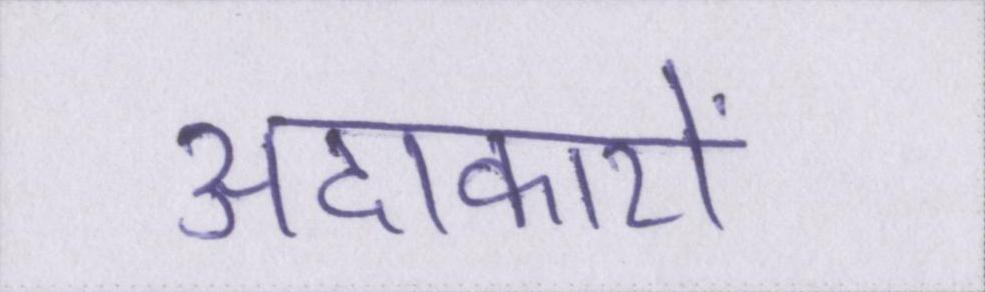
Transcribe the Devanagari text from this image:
अदाकारों